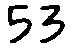
53